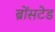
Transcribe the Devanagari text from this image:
ब्रोंसटेड